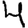
Digit: 4